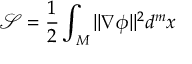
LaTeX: { \mathcal { S } } = { \frac { 1 } { 2 } } \int _ { M } \Vert \nabla \phi \Vert ^ { 2 } d ^ { m } x